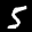
Label: 5